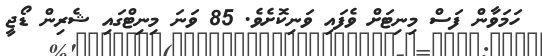
ހަމަވާން ފަސް މިނިޓަށް ވެފައި ވަނިކޮށެވެ. 85 ވަނަ މިނިޓްގައި ޝެރިން ޑޯޖީ